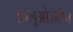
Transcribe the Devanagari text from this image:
फ़्लूओज़ेटीन